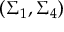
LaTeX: ( \Sigma _ { 1 } , \Sigma _ { 4 } )